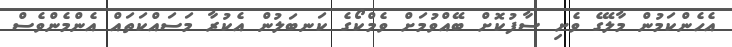
އެހެންކަމުން މާލޭގެ ވެށި ސާފުކޮށް ބޭއްވުމަށް ވެމްކޯގެ ކަނބަލުން އެކުރާ މަސައްކަތައް އެންމެންވެސް